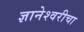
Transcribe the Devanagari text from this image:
ज्ञानेश्‍वरीचा